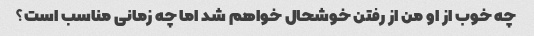
چه خوب از او من از رفتن خوشحال خواهم شد اما چه زمانی مناسب است؟